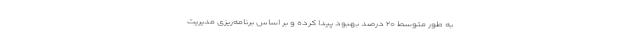
به طور متوسط ۲۰ درصد بهبود پيدا كرده و بر اساس برنامه‌ریزی مدیریت